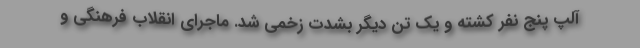
آلپ پنج نفر کشته و یک تن دیگر بشدت زخمی شد. ماجرای انقلاب فرهنگی و